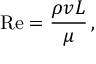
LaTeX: \mathrm { R e } = { \frac { \rho v L } { \mu } } \, ,